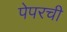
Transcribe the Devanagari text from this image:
पेपरची